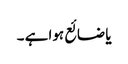
یا ضائع ہوا ہے ۔